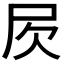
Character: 𣢂